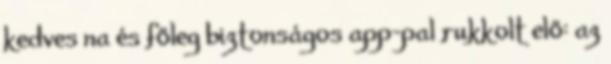
kedves na és főleg biztonságos app-pal rukkolt elő: az